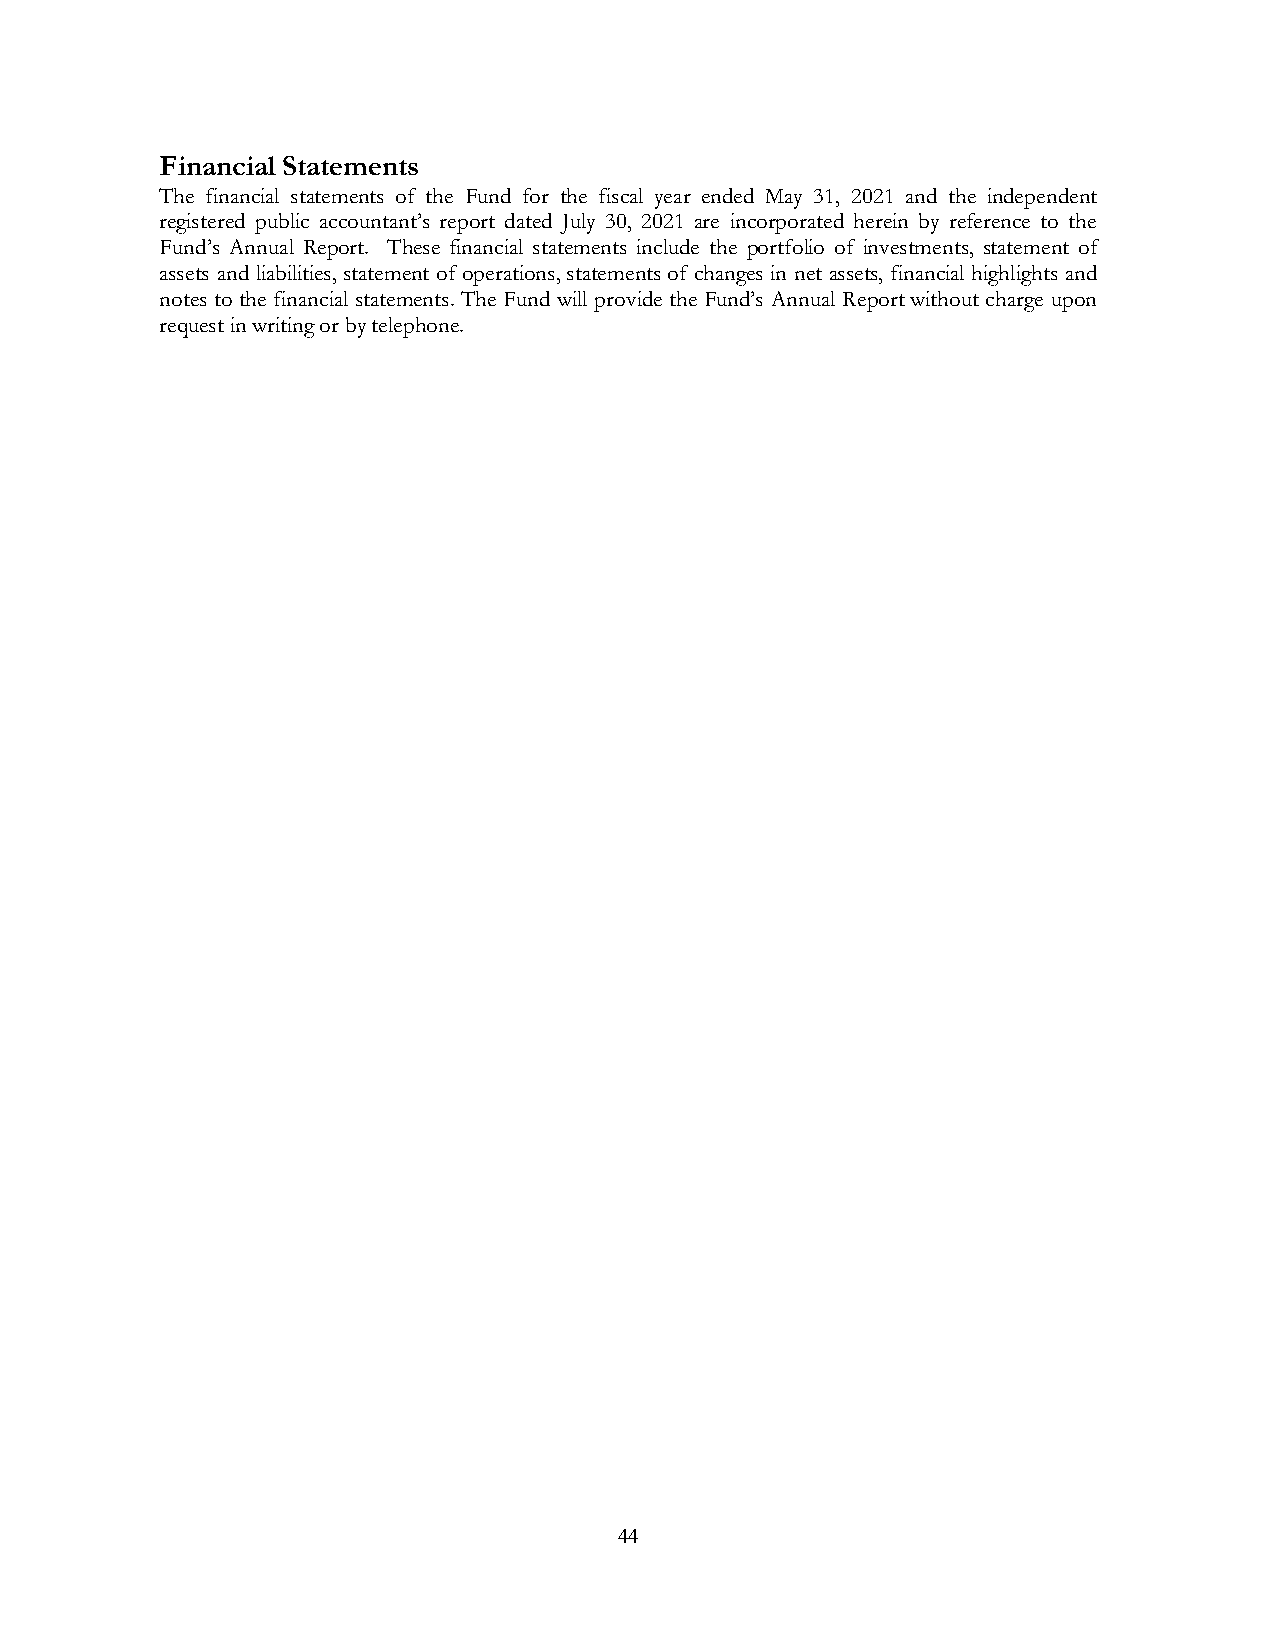
Financial Statements
 The financial statements of the Fund for the fiscal year ended May 31, 2021 and the independent
 registered public accountant’s report dated July 30, 2021 are incorporated herein by reference to the
 Fund’s Annual Report. These financial statements include the portfolio of investments, statement of
 assets and liabilities, statement of operations, statements of changes in net assets, financial highlights and
 notes to the financial statements. The Fund will provide the Fund’s Annual Report without charge upon
 request in writing or by telephone.
 44